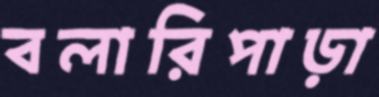
বলারিপাড়া